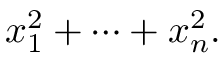
x _ { 1 } ^ { 2 } + \cdots + x _ { n } ^ { 2 } .